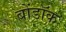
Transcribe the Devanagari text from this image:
बोंडॉक